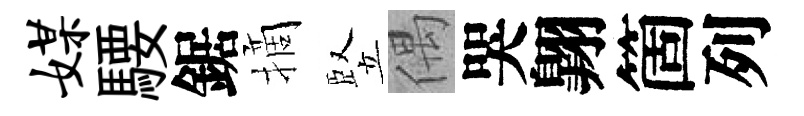
媒騕鋸摘竪偶哭翺箇列